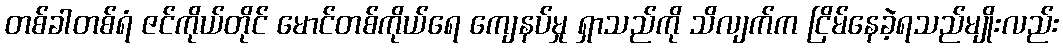
တစ်ခါတစ်ရံ ဇင်ကိုယ်တိုင် မောင်တစ်ကိုယ်ရေ ကျေနပ်မှု ရှာသည်ကို သိလျက်က ငြိမ်နေခဲ့ရသည်မျိုးလည်း